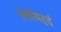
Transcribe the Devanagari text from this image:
लिखिहुई